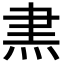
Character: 𭴘